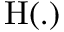
\mathrm { H } ( . )